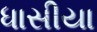
ધાસીયા